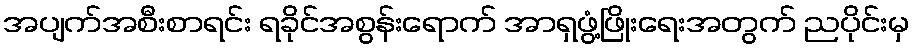
အပျက်အစီးစာရင်း ရခိုင်အစွန်းရောက် အာရှဖွံ့ဖြိုးရေးအတွက် ညပိုင်းမှ